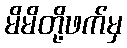
မိမိတို့ဖက်မှ